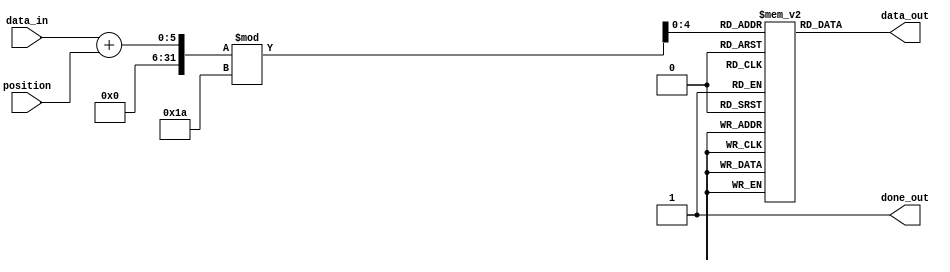
`timescale 1ns / 1ps
//////////////////////////////////////////////////////////////////////////////////
// Design Name: rotor0_rev
// Module Name: rotor0_rev
// Project Name: ENIGMA551
//////////////////////////////////////////////////////////////////////////////////


module rotor0_reverse(
    input [4:0] data_in,
    input [4:0] position,
    output reg [4:0] data_out,
    output reg done_out
);

reg [4:0] reverse_mapping[0:25];
reg [4:0] sum;

initial begin
    done_out = 0;
    reverse_mapping[4] = 5'd0;   // AE
    reverse_mapping[10] = 5'd1;  // BK
    reverse_mapping[12] = 5'd2;  // CM
    reverse_mapping[5] = 5'd3;   // DF
    reverse_mapping[11] = 5'd4;  // EL
    reverse_mapping[6] = 5'd5;   // FG
    reverse_mapping[3] = 5'd6;   // GD
    reverse_mapping[16] = 5'd7;  // HQ
    reverse_mapping[21] = 5'd8;  // IV
    reverse_mapping[25] = 5'd9;  // JZ
    reverse_mapping[13] = 5'd10; // KN
    reverse_mapping[19] = 5'd11; // LT
    reverse_mapping[14] = 5'd12; // MO
    reverse_mapping[22] = 5'd13; // NW
    reverse_mapping[24] = 5'd14; // OY
    reverse_mapping[7] = 5'd15;  // PH
    reverse_mapping[23] = 5'd16; // QX
    reverse_mapping[20] = 5'd17; // RU
    reverse_mapping[18] = 5'd18; // SS
    reverse_mapping[15] = 5'd19; // TP
    reverse_mapping[0] = 5'd20;  // UA
    reverse_mapping[8] = 5'd21;  // VI
    reverse_mapping[1] = 5'd22;  // WB
    reverse_mapping[17] = 5'd23; // XR
    reverse_mapping[2] = 5'd24;  // YC
    reverse_mapping[9] = 5'd25;  // ZJ
end



always @(data_in or position) 
begin
    done_out <= 0;
    sum = (data_in + position) % 26;
    data_out <= reverse_mapping[sum];
    done_out <= 1;
end

endmodule